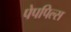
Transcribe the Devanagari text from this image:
पेपपिल्स